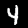
Label: 4